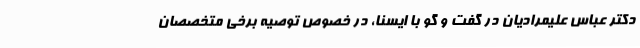
دکتر عباس علیمرادیان در گفت و گو با ایسنا، در خصوص توصیه برخی متخصصان